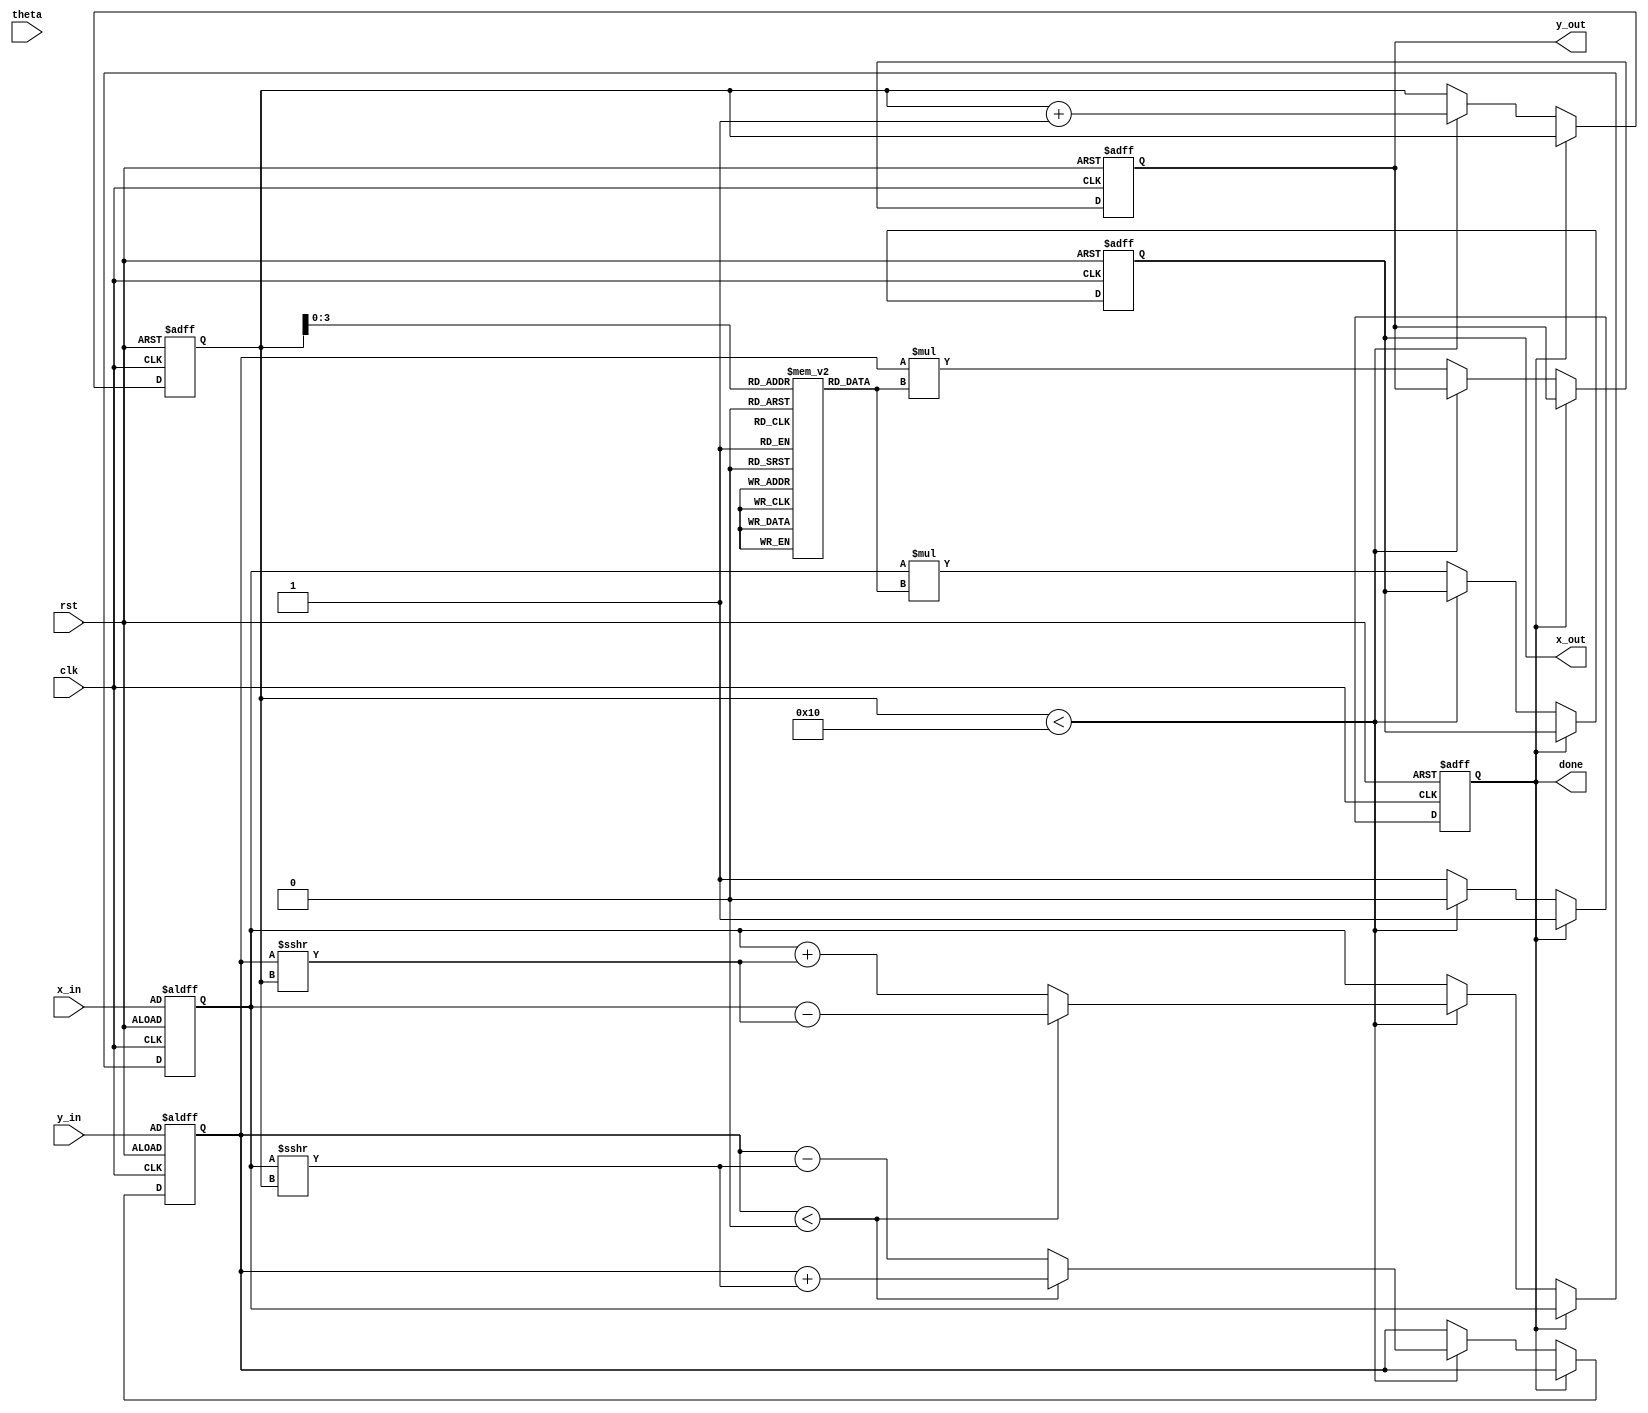
module modified_cordic #(
    parameter WIDTH = 16,       // Bit width for fixed-point representation
    parameter ITERATIONS = 16   // Number of iterations
) (
    input wire clk,
    input wire rst,
    input wire [WIDTH-1:0] theta,  // Input angle in fixed-point
    input wire [WIDTH-1:0] x_in,    // Initial X vector
    input wire [WIDTH-1:0] y_in,    // Initial Y vector
    output reg [WIDTH-1:0] x_out,   // Computed X' value
    output reg [WIDTH-1:0] y_out,   // Computed Y' value
    output reg done                 // Done signal
);

    // Rotation table (arctan values)
    reg [WIDTH-1:0] K [0:ITERATIONS-1];
    reg [WIDTH-1:0] atan_table [0:ITERATIONS-1];
    reg signed [WIDTH-1:0] x;
    reg signed [WIDTH-1:0] y;
    reg [4:0] iter; // Iteration counter
    reg [WIDTH-1:0] angle; // Current angle
    reg dir; // Direction (add/subtract)

    initial begin
        // Initialize atan_table with arctan values (in fixed-point)
        atan_table[0] = 16'h26DD; // atan(1/2^0)
        atan_table[1] = 16'h1C71; // atan(1/2^1)
        atan_table[2] = 16'h13B2; // atan(1/2^2)
        // ... complete for all required iterations
        // Scaling factor K (computed or predefined)
        K[0] = 16'h1; // K for 0 iterations
        K[1] = 16'h1; // K for 1 iteration
        // ... continue for all iterations
    end

    always @(posedge clk or posedge rst) begin
        if (rst) begin
            x <= x_in;
            y <= y_in;
            iter <= 0;
            done <= 0;
            x_out <= 0;
            y_out <= 0;
            angle <= theta;
        end else if (!done) begin
            if (iter < ITERATIONS) begin
                // Determine direction based on current coordinates
                if (y < 0) begin
                    dir <= 1'b1; // Subtract
                    y <= y + (x >>> iter);
                    x <= x - (y >>> iter);
                end else begin
                    dir <= 1'b0; // Add
                    y <= y - (x >>> iter);
                    x <= x + (y >>> iter);
                end
                iter <= iter + 1;
            end else begin
                // Update outputs and finish
                done <= 1'b1;
                x_out <= x * K[iter]; // Apply scaling if needed
                y_out <= y * K[iter]; // Apply scaling if needed
            end
        end
    end

endmodule